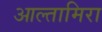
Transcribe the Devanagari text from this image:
आल्तामिरा